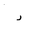
Letter: _dal